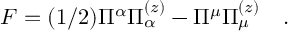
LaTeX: { \cal F } = ( 1 / 2 ) \Pi ^ { \alpha } \Pi _ { \alpha } ^ { ( z ) } - \Pi ^ { \mu } \Pi _ { \mu } ^ { ( z ) } \quad .